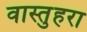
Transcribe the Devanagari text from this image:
वास्तुहरा